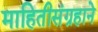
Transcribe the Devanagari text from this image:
माहितीसंग्रहाने